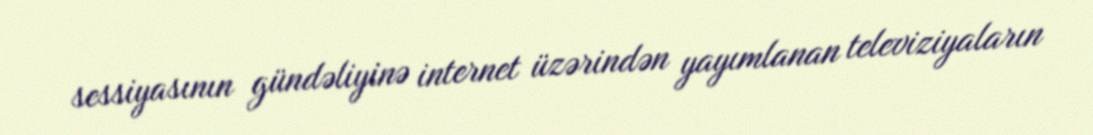
sessiyasının gündəliyinə internet üzərindən yayımlanan televiziyaların